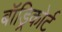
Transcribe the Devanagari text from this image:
बॉड्रिकोर्ट